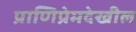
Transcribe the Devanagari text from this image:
प्राणिप्रेमदेखील